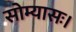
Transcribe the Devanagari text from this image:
सोम्यासः।